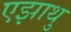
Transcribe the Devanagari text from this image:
एझाथु